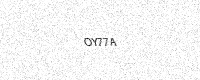
Text: OY77A